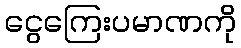
ငွေကြေးပမာဏကို